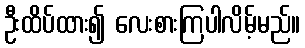
ဦးထိပ်ထား၍ လေးစားကြပါလိမ့်မည်။